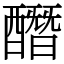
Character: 䤐